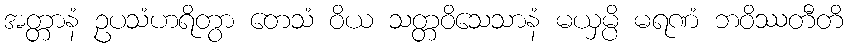
အတ္တာနံ ဥပသံဟရိတွာ တေသံ ဝိယ သတ္တဝိသေသာနံ မယှမ္ပိ မရဏံ ဘဝိဿတီတိ